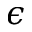
\epsilon